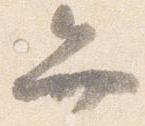
弁